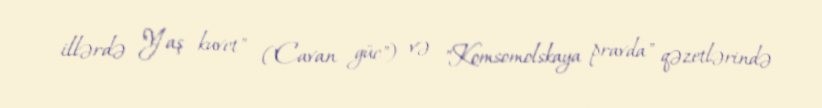
illərdə "Yaş kuvet" ("Cavan güc") və "Komsomolskaya pravda" qəzetlərində